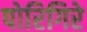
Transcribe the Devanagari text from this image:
पोरिगिरे